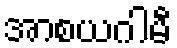
အာစယဂါမီ